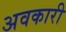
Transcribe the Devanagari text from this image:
अवकारी